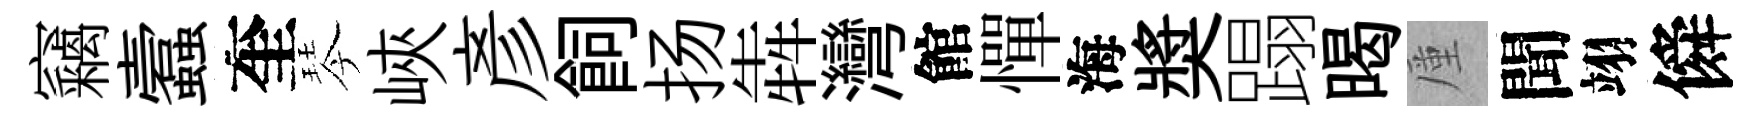
竊蠧奎琴峽彥飼扬犇灣館憚海奬蹋暍厪聞翊僢